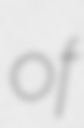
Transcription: of